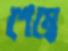
শেম্বে